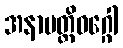
အနာပတ္တိဝဂ္ဂေါ